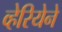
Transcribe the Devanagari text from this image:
व्हेरियेने